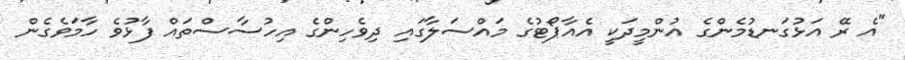
"އެ ރޭ އަޅުގަނޑުމެންގެ އުންމީދަކީ އެއާޕޯޓުގެ މައްސަލާގައި ދިވެހިންގެ އިހުސާސްތައް ފާޅުވެ ހާމަވެގެން